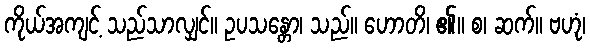
ကိုယ်အကျင့် သည်သာလျှင်။ ဥပသန္တော၊ သည်။ ဟောတိ၊ ၏။ စ၊ ဆက်။ ဗဟုံ၊